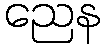
ညေန